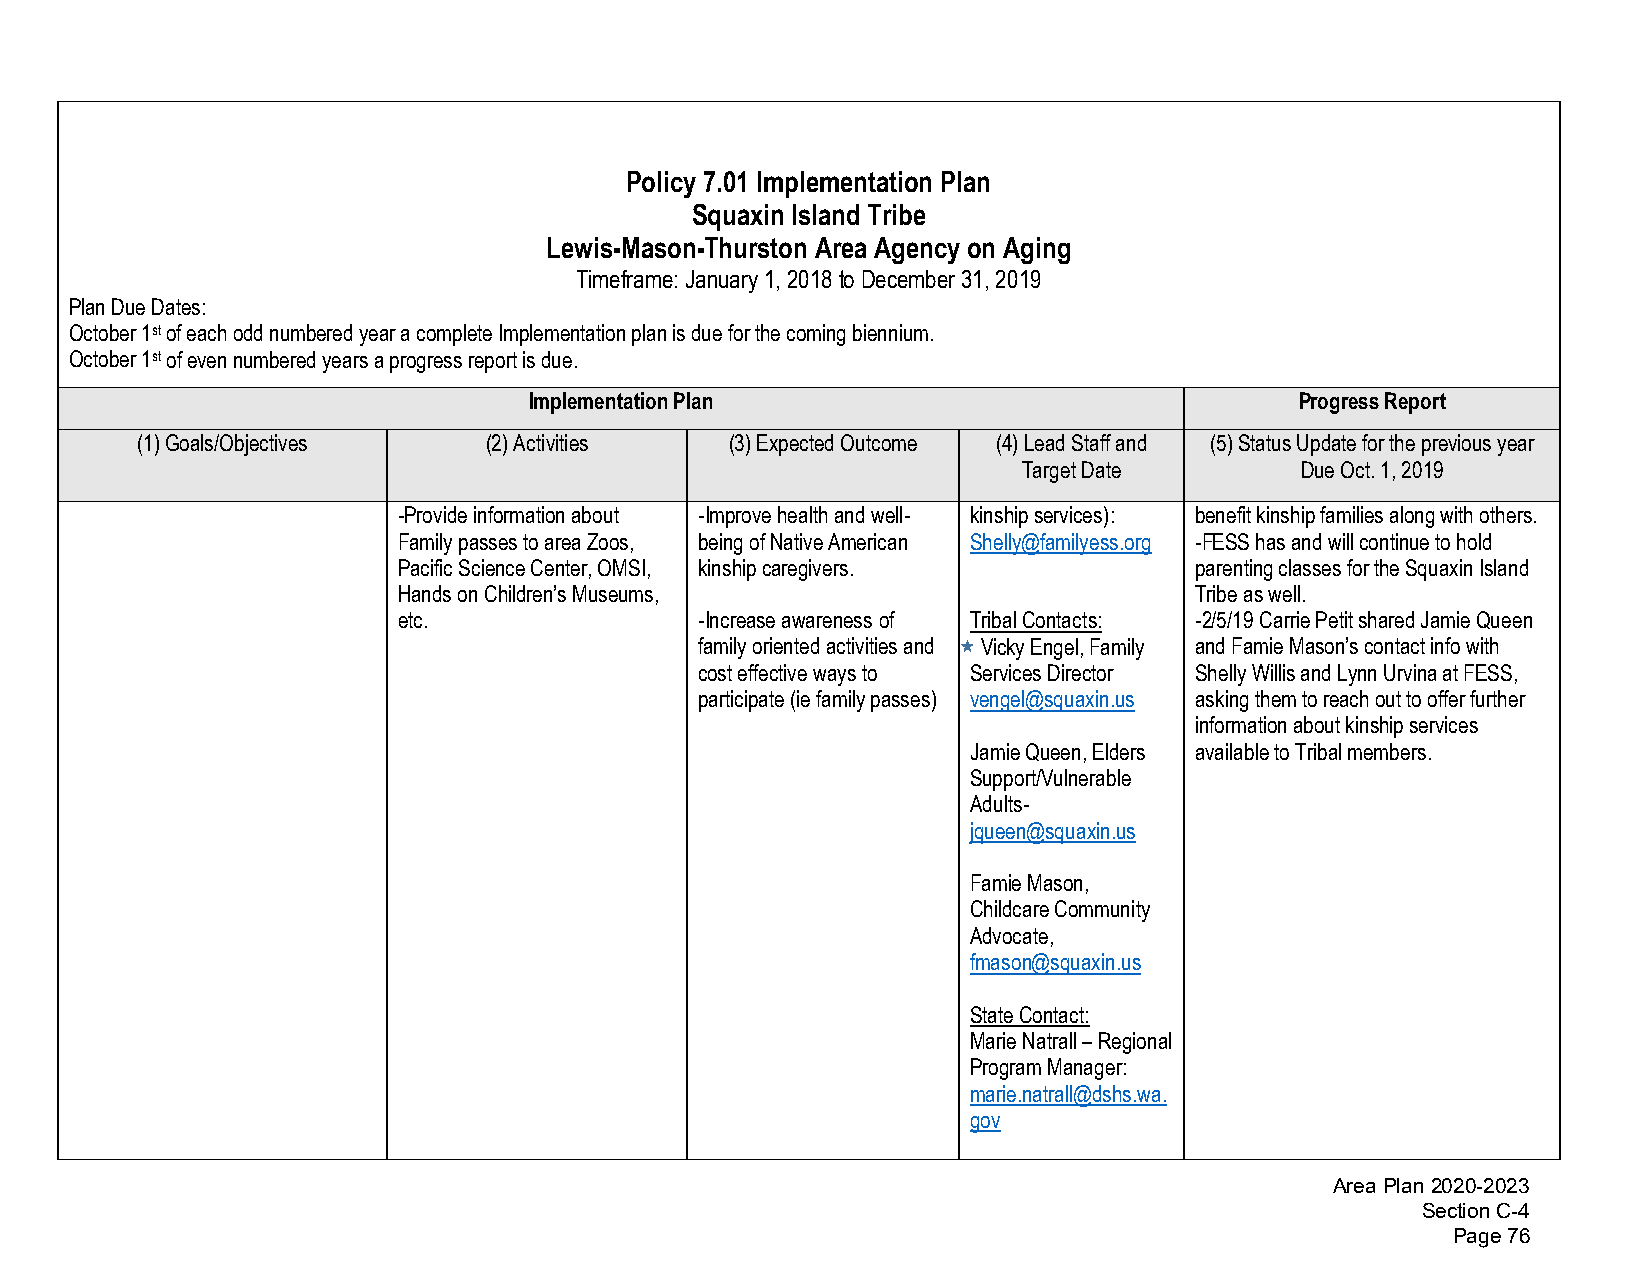
Policy 7.01 Implementation Plan
 Squaxin Island Tribe
 Lewis-Mason-Thurston Area Agency on Aging
 Timeframe: January 1, 2018 to December 31, 2019
 Plan Due Dates:
 October 1st of each odd numbered year a complete Implementation plan is due for the coming biennium.
 October 1st of even numbered years a progress report is due.
 Implementation Plan                                Progress Report
 (1)Goals/Objectives    (2)Activities   (3)Expected Outcome (4)Lead Staff and (5)Status Update for the previous year
 Target Date       Due Oct. 1, 2019
 -Provide information about -Improve health and well- kinship services): benefit kinship families along with others.
 Family passes to area Zoos, being of Native American Shelly@familyess.org -FESS has and will continue to hold
 Pacific Science Center, OMSI, kinship caregivers.    parenting classes for the Squaxin Island
 Hands on Children’s Museums,                         Tribe as well.
 etc.                -Increase awareness of Tribal Contacts: -2/5/19 Carrie Petit shared Jamie Queen
 family oriented activities and Vicky Engel, Family and Famie Mason’s contact info with
 cost effective ways to Services Director Shelly Willis and Lynn Urvina at FESS,
 participate (ie family passes) vengel@squaxin.us asking them to reach out to offer further
 information about kinship services
 Jamie Queen, Elders available to Tribal members.
 Support/Vulnerable
 Adults-
 jqueen@squaxin.us
 Famie Mason,
 Childcare Community
 Advocate,
 fmason@squaxin.us
 State Contact:
 Marie Natrall – Regional
 Program Manager:
 marie.natrall@dshs.wa.
 gov
 Area Plan 2020-2023
 Section C-4
 Page 76